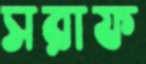
সরাফ